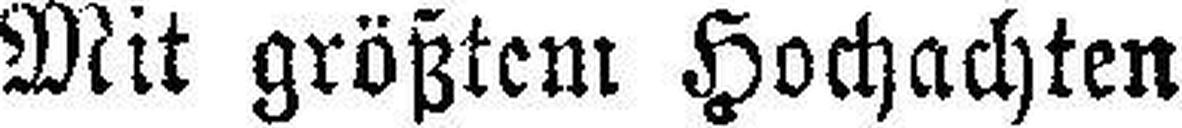
Mit größtem Hochachten